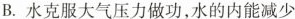
B.水克服大气压力做功，水的内能减少